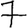
Digit: 7